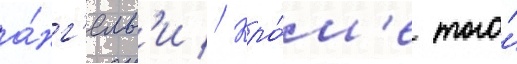
а́нг'елам'и // Кро́м'е того́